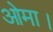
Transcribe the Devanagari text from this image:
ओमा।